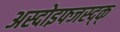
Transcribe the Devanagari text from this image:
अस्दोइफ्जस्द्क्